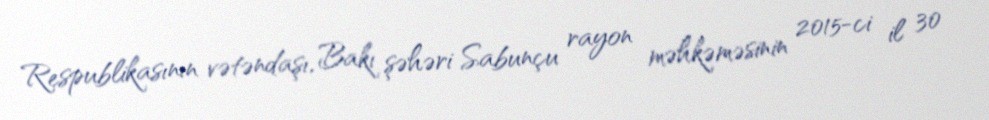
Respublikasının vətəndaşı, Bakı şəhəri Sabunçu rayon məhkəməsinin 2015-ci il 30